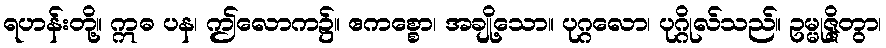
ရဟန်းတို့။ ဣဓ ပန၊ ဤလောက၌။ ဧကစ္စော၊ အချို့သော။ ပုဂ္ဂလော၊ ပုဂ္ဂိုလ်သည်။ ဥမ္မုဇ္ဇိတွာ၊